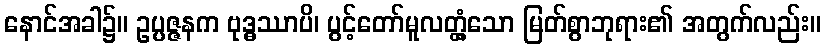
နောင်အခါ၌။ ဥပ္ပဇ္ဇနက ဗုဒ္ဓဿာပိ၊ ပွင့်တော်မူလတ္တံ့သော မြတ်စွာဘုရား၏ အတွက်လည်း။